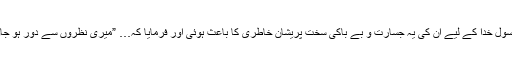
رسول خدا کے لیے ان کی یہ جسارت و بے باکی سخت پریشان خاطری کا باعث ہوئی اور فرمایا کہ… ”میری نظروں سے دور ہو جاؤ۔